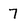
Character: 7